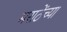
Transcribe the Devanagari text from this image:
मराठेंच्या